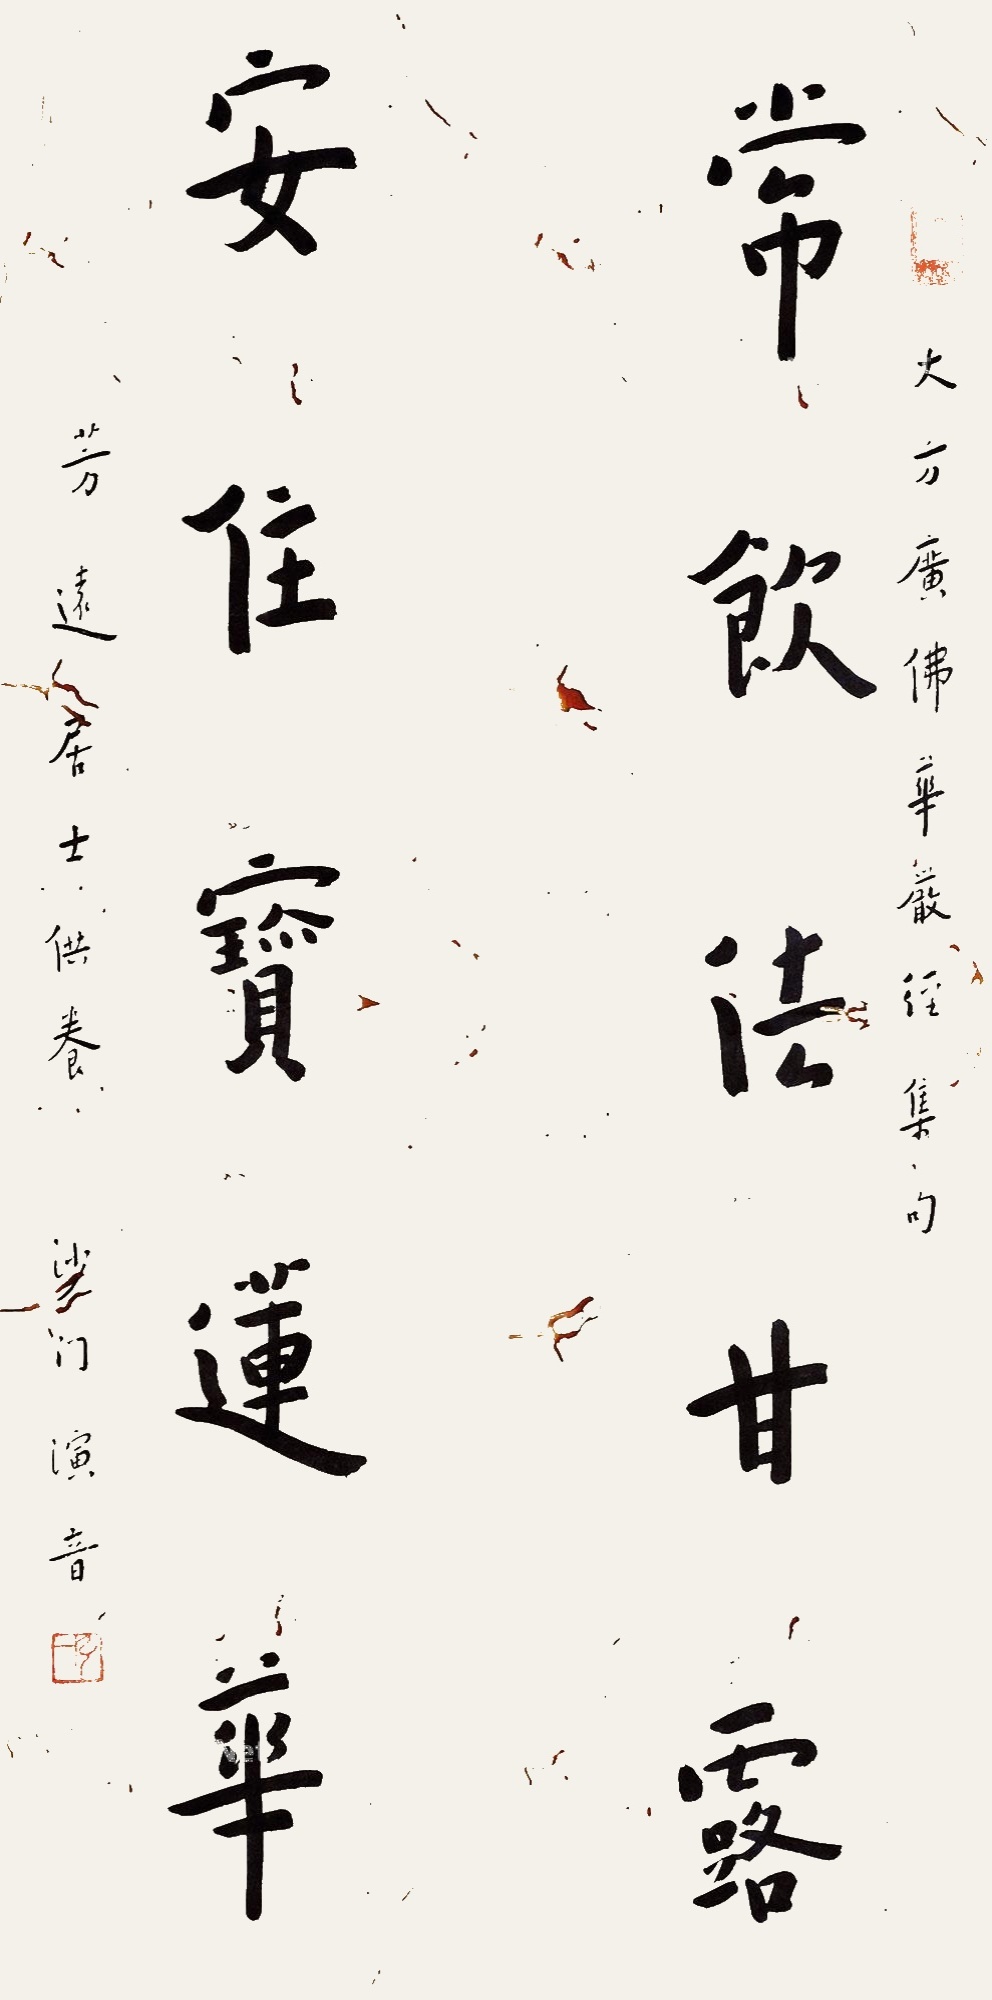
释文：常饮法甘露，安住宝莲华。大方广佛华严经集句，芳远居士供养，沙门演音。